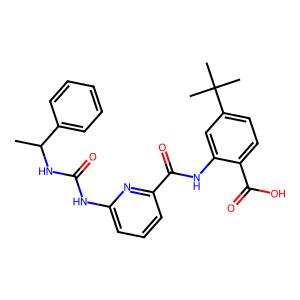
SMILES: CC(NC(=O)Nc1cccc(C(=O)Nc2cc(C(C)(C)C)ccc2C(=O)O)n1)c1ccccc1
Inhibits HIV replication: No